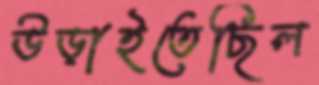
উড়াইতেছিল